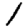
Digit: 1